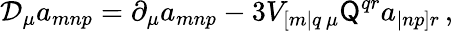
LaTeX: \mathcal{D}_{\mu}a_{mnp}=\partial_{\mu}a_{mnp}-3V_{[m|q\, \mu}\mathsf{Q}^{qr}a_{|np]r}\, ,